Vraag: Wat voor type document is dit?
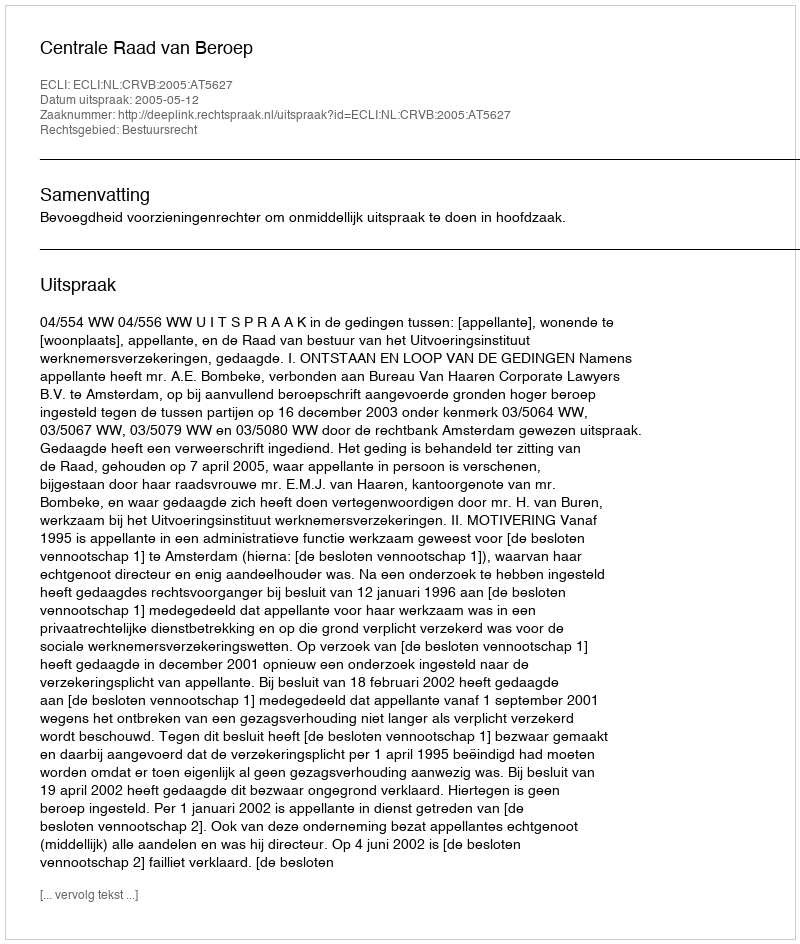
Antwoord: Uitspraak